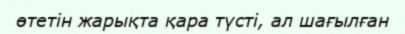
өтетін жарықта қара түсті, ал шағылған